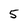
Character: 5